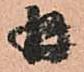
并